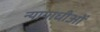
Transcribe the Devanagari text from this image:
न्यायाधीओं